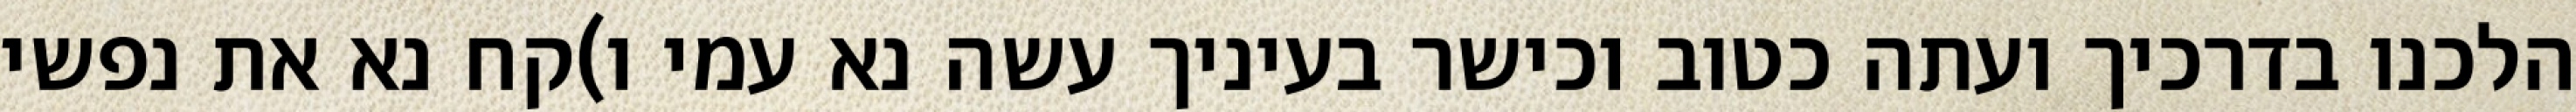
הלכנו בדרכיך ועתה כטוב וכישר בעיניך עשה נא עמי ו)קח נא את נפשי